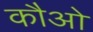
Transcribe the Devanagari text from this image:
कौओ